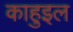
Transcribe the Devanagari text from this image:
काहुइल